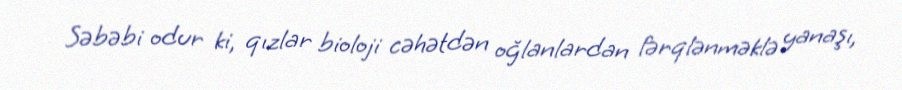
Səbəbi odur ki, qızlar bioloji cəhətdən oğlanlardan fərqlənməklə yanaşı,